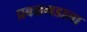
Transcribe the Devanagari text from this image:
प्रबळगडाला